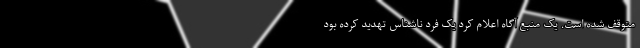
متوقف شده است. یک منبع آگاه اعلام کرد یک فرد ناشناس تهدید کرده بود